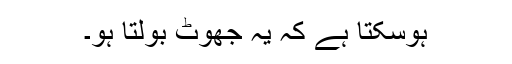
ہوسکتا ہے کہ یہ جھوٹ بولتا ہو۔